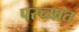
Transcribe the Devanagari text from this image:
पस्च्यात